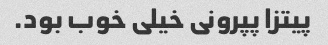
پیتزا پپرونی خیلی خوب بود.